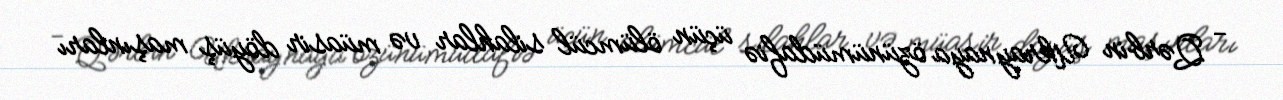
- Qərbin Ukraynaya özünümüdafiə üçün ölümcül silahlar və müasir döyüş maşınları